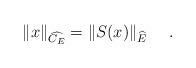
LaTeX: \begin{align*}\|x\|_{\widehat{C_E}}=\|S(x)\|_{\widehat{E}}\ \ \ \ .\end{align*}